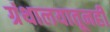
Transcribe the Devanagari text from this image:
ग्रंथालयातूनही